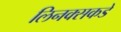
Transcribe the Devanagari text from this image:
लिनक्सकडे